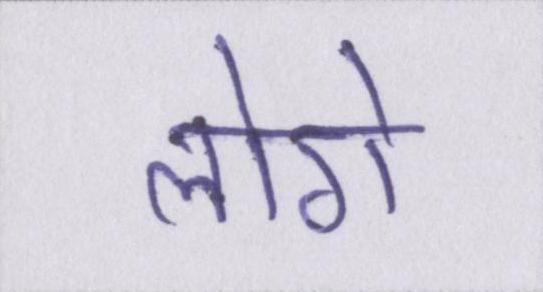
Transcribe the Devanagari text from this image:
लोगे